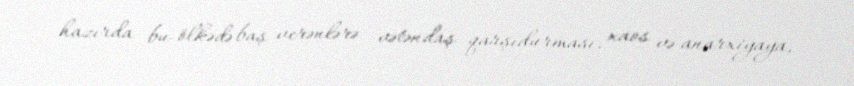
hazırda bu ölkədə baş verənlərə - vətəndaş qarşıdurması, xaos və anarxiyaya,